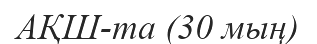
АҚШ-та (30 мың)